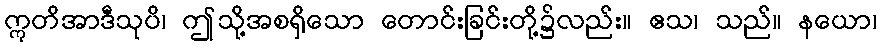
ဣတိအာဒီသုပိ၊ ဤသို့အစရှိသော တောင်းခြင်းတို့၌လည်း။ ဧသ၊ သည်။ နယော၊